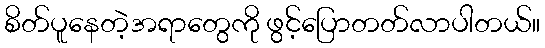
စိတ်ပူနေတဲ့အရာတွေကို ဖွင့်ပြောတတ်လာပါတယ်။